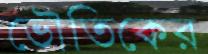
ভৌতিকের